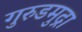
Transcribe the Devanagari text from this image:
गुरुडमुद्रा